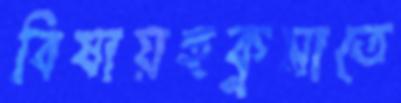
বিষায়হুকুমাতে